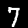
Label: 7